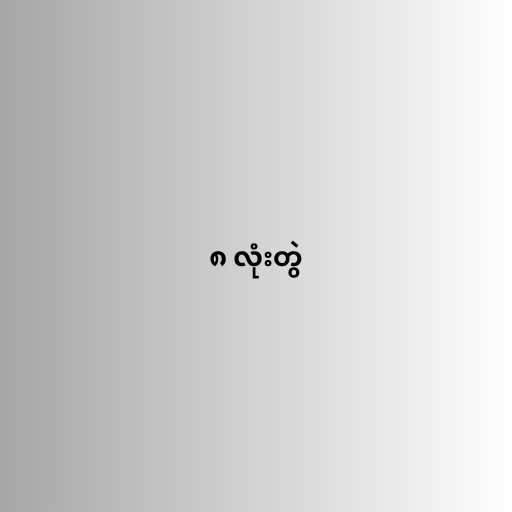
၈ လုံးတွဲ